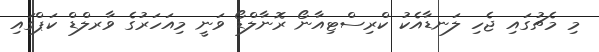
މި މެޗުގައި ޖެހި ލަނޑާއެކު ކްރިސްޓިއާނޯ ރޮނާލްޑޯ ވަނީ މިއަހަރުގެ ވާރލްޑް ކަޕްގައި